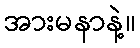
အားမနာနဲ့။